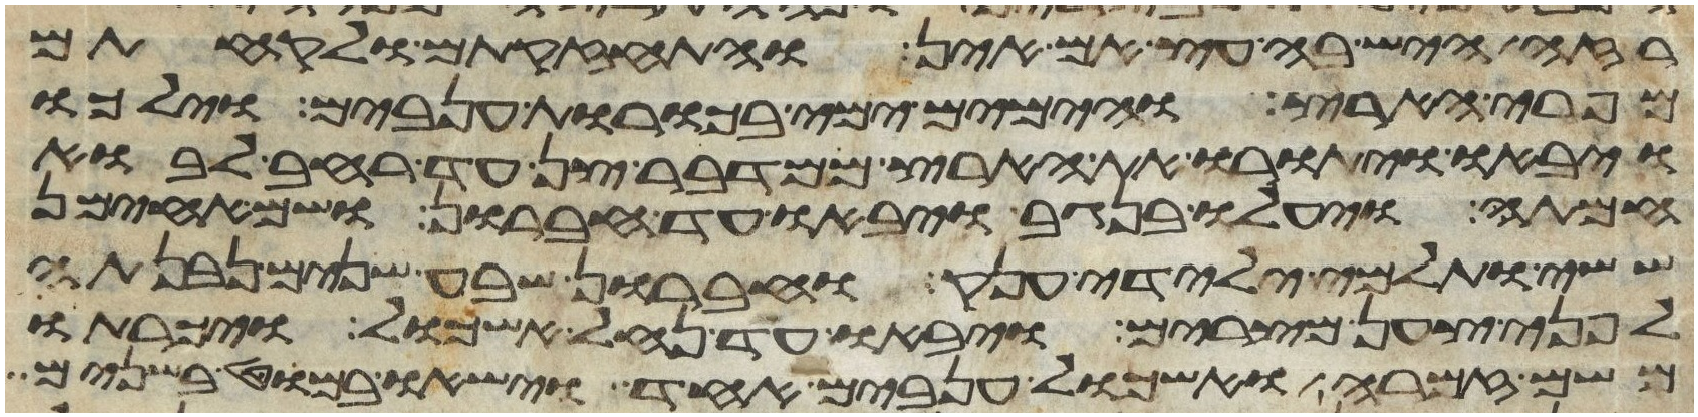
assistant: רזה היש בה עץ אם אין והתחזקתם ולקחתם
מפרי הארץ והימים ימי בכורת ענבים וילכו
ויבאו ויתורו את הארץ ממדבר צן עד רחב לבוא
חמתה ויעלו בנגב ויבאו עד חברון ושם אחימן
ששי ותלמי ילידי ענק וחברון שבע שנים נבנתה
לפני צען מצרים ויבאו עד נחל אשכול ויכרתו
משם זמרה ואשכול ענבים אחד וישאו במוט בשנים